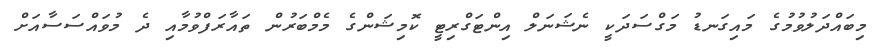
މިބައްދަލުވުމުގެ މައިގަނޑު މަގްސަދަކީ ނެޝަނަލް އިންޓަގްރިޓީ ކޮމިޝަންގެ މެމްބަރުން ތައާރަފްވުމާއި ދެ މުވައްސަސާއަށް